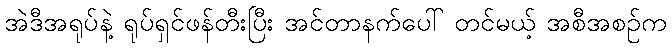
အဲဒီအရုပ်နဲ့ ရုပ်ရှင်ဖန်တီးပြီး အင်တာနက်ပေါ် တင်မယ့် အစီအစဉ်က